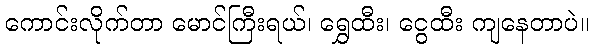
ကောင်းလိုက်တာ မောင်ကြီးရယ်၊ ရွှေထီး၊ ငွေထီး ကျနေတာပဲ။